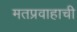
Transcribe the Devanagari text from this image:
मतप्रवाहाची